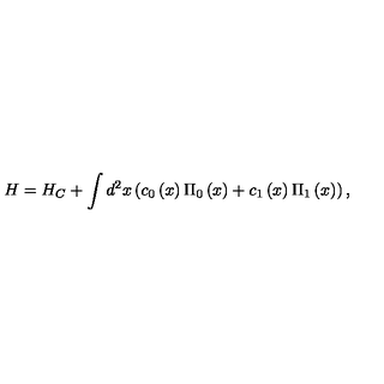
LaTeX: H = H _ { C } + \int { d ^ { 2 } } x \left( { c _ { 0 } \left( x \right) \Pi _ { 0 } \left( x \right) + c _ { 1 } \left( x \right) \Pi _ { 1 } \left( x \right) } \right) ,